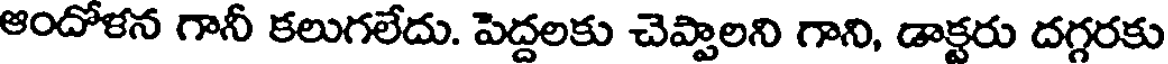
ఆందోళన గానీ కలుగలేదు. పెద్దలకు చెప్పాలని గాని, డాక్టరు దగ్గరకు